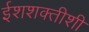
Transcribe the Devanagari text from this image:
ईशशक्तीशी